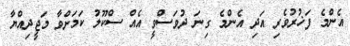
އެންމެ ފަޚުރުވެރި އަދި އެންމެ ގިނަ ދުވަސްވީ އެއް ސްކޫލު ކަމަށްވާ މަޖީދިއްޔާ